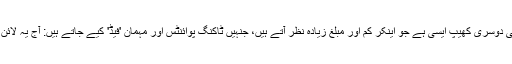
اینکرز کی دوسری کھیپ ایسی ہے جو اینکر کم اور مبلغ زیادہ نظر آتے ہیں، جنہیں ٹاکنگ پوائنٹس اور مہمان 'فیڈ' کیے جاتے ہیں: آج یہ لائن لینی ہے۔